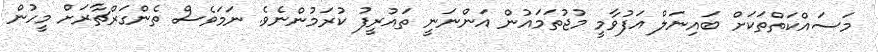
މަސައްކަތްތަކަަށް ބައިނަލް އަފުވާމީ މުޖުތަމައުން އަންނަނީ ތައުރީފު ކުރަމުންނެވެ. ނަމަވެސް ތެންގަރްޗާރަށް މީހުން